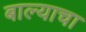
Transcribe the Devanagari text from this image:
बाल्याचा